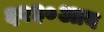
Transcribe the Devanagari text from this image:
६२३०आय